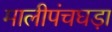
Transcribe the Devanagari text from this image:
मालीपंचघड़ा